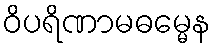
ဝိပရိဏာမဓမ္မေန